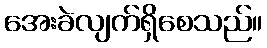
အေးခဲလျက်ရှိစေသည်။